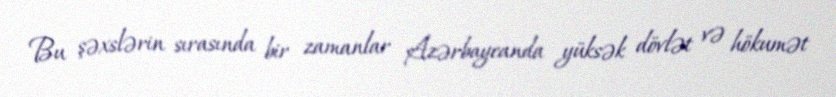
Bu şəxslərin sırasında bir zamanlar Azərbaycanda yüksək dövlət və hökumət